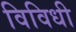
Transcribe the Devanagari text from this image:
विविधी